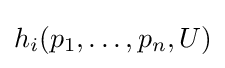
h_{i}(p_{1},\dots ,p_{n},U)